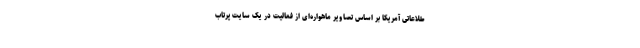
طلاعاتی آمریکا بر اساس تصاویر ماهواره‌ای از فعالیت در یک سایت پرتاب